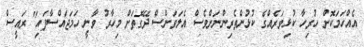
އެއްހަމަކޮށް ހުރިހާ ކުޅިވަރެއްގެ ކުޅުންތެރިންނަށްވެސް އެލަވަންސް ދޭގޮތަށް މިހާރު ވާނީ ހަމަޖައްސާފައި" ރައީސް